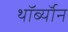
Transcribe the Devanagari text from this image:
थॉर्ब्यॉन